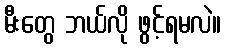
မီးတွေ ဘယ်လို ဖွင့်ရမလဲ။